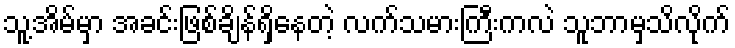
သူ့အိမ်မှာ အခင်းဖြစ်ချိန်ရှိနေတဲ့ လက်သမားကြီးကလဲ သူဘာမှသိလိုက်